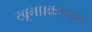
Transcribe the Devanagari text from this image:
खूनप्रकरणात